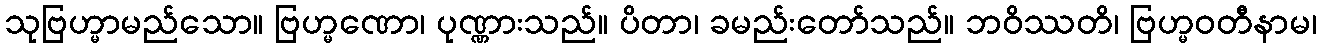
သုဗြဟ္မာမည်သော။ ဗြဟ္မဏော၊ ပုဏ္ဏားသည်။ ပိတာ၊ ခမည်းတော်သည်။ ဘဝိဿတိ၊ ဗြဟ္မဝတီနာမ၊